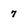
Character: 7